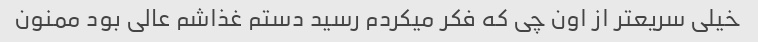
خیلی سریعتر از اون چی که فکر میکردم رسید دستم غذاشم عالی بود ممنون